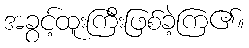
အခွင့်ထူးကြီးဖြစ်ခဲ့ကြ၏။